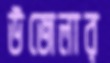
উজেলার